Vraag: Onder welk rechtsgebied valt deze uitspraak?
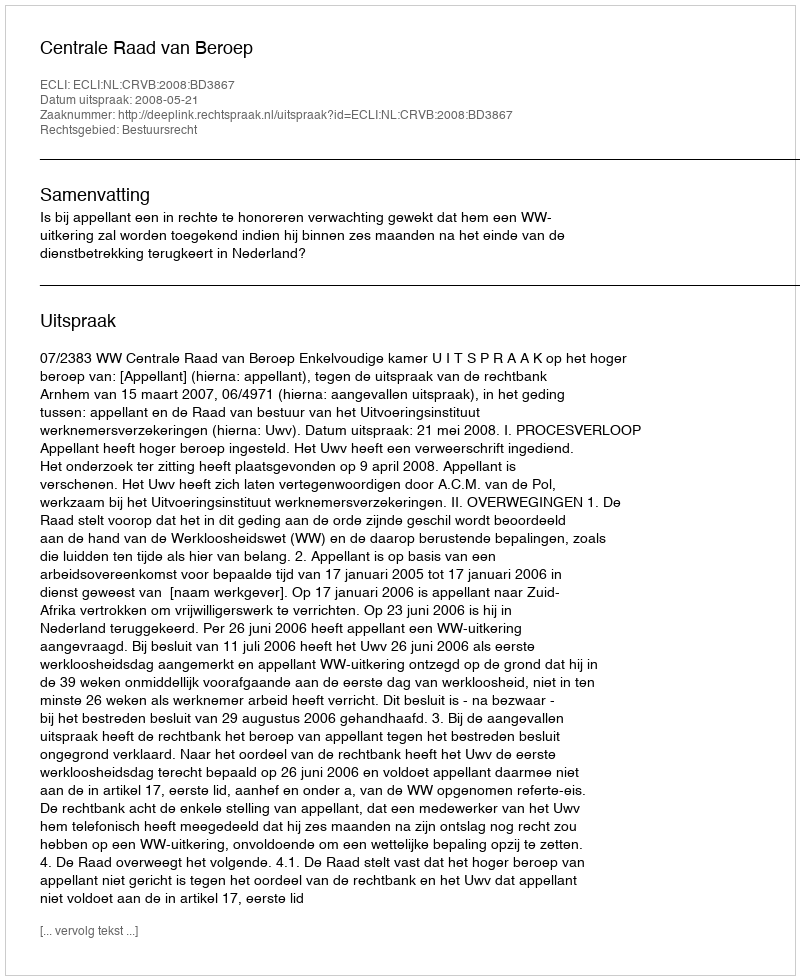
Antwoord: Bestuursrecht